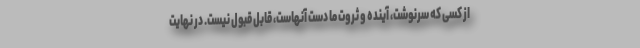
از کسی که سرنوشت، آینده و ثروت ما دست آنهاست، قابل قبول نیست. در نهایت